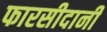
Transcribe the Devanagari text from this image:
फारसीदानी